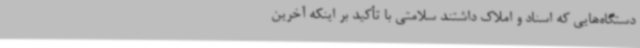
دستگاه‌هایی که اسناد و املاک داشتند سلامتی با تأکید بر اینکه آخرین